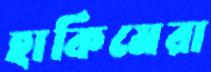
হাকিমেরা